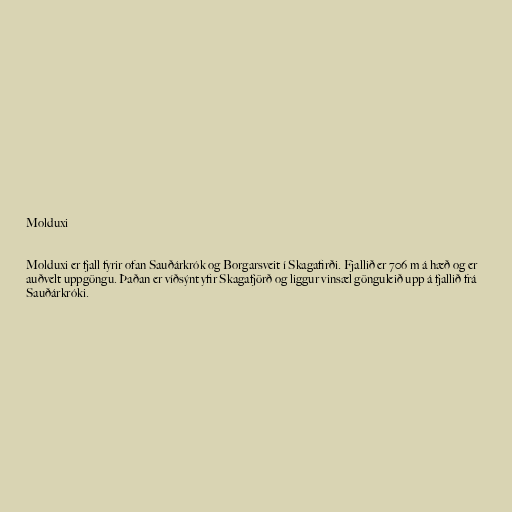
Molduxi

Molduxi er fjall fyrir ofan Sauðárkrók og Borgarsveit í Skagafirði. Fjallið er 706 m á hæð og er
auðvelt uppgöngu. Þaðan er víðsýnt yfir Skagafjörð og liggur vinsæl gönguleið upp á fjallið frá
Sauðárkróki.